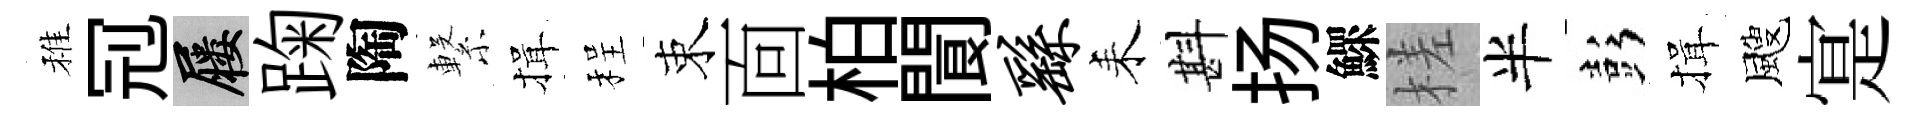
稚𠜍屨踘陶繋揖程束靣柏閬繇耒斟扬鰥槎半彭揖颼寔